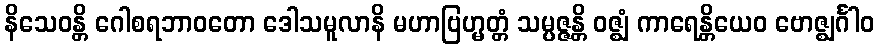
နိသေဝန္တိ ဂေါစရဘာဝတော ဒေါသမူလာနိ မဟာဗြဟ္မတ္တံ သမ္ပဇ္ဇန္တိ ဝဇ္ဈံ ကာရေန္တိယေဝ ဗောဇ္ဈင်္ဂါဝ